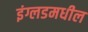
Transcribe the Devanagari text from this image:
इंग्लडमधील